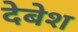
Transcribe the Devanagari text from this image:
देबेश